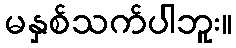
မနှစ်သက်ပါဘူး။